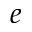
e